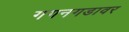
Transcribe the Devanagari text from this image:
गगनगडावर